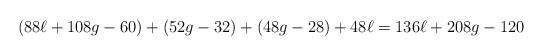
LaTeX: \begin{align*} (88\ell+108g-60) + (52g-32) + (48g-28) + 48\ell = 136\ell+208g-120 \end{align*}